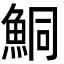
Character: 鮦